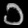
Digit: ၁